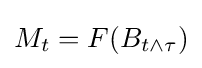
M_{t}=F(B_{t\wedge \tau })